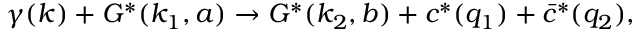
\gamma ( k ) + G ^ { * } ( k _ { 1 } , a ) \to G ^ { * } ( k _ { 2 } , b ) + c ^ { * } ( q _ { 1 } ) + \bar { c } ^ { * } ( q _ { 2 } ) ,